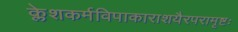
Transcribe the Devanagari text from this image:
क्लेशकर्मविपाकाराशयैरपरामृष्टः